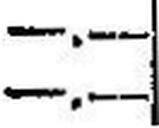
—.—